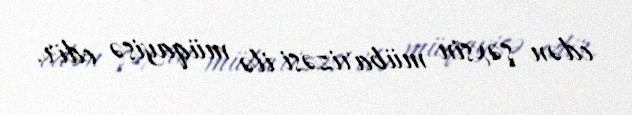
edən şəxsin mübarizəsi ilə müqayisə edir.